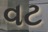
વટ